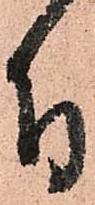
付